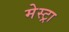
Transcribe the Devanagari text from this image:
मेस्ट्रा